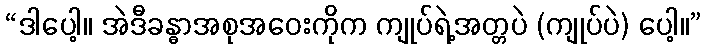
“ဒါပေါ့။ အဲဒီခန္ဓာအစုအဝေးကိုက ကျုပ်ရဲ့အတ္တပဲ (ကျုပ်ပဲ) ပေါ့။”